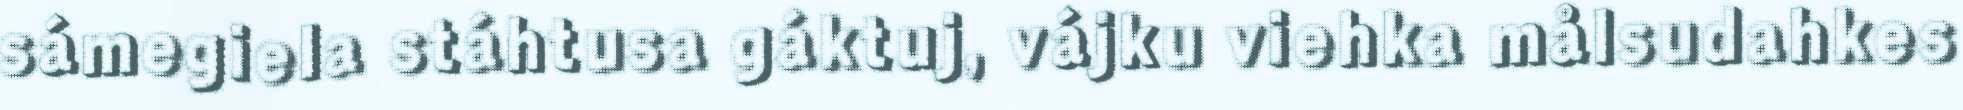
sámegiela stáhtusa gáktuj, vájku viehka målsudahkes